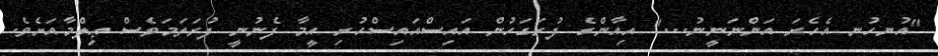
"އުނހުނ އެހެރަ އަންނަނީނު..." އިއާންގެ ފުރަގަހުން އައިސްއައިސްހުރި އީމާ ފެނުނީ ފުރަތަމަވެސް ޢިލްމާއަށެވެ.